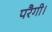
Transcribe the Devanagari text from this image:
परैगी।